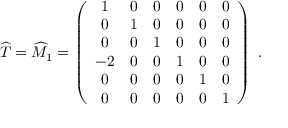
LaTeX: { \widehat T } = { \widehat M } _ { 1 } = \left( \begin{array} { c c c c c c } { { 1 } } & { { 0 } } & { { 0 } } & { { 0 } } & { { 0 } } & { { 0 } } \\ { { 0 } } & { { 1 } } & { { 0 } } & { { 0 } } & { { 0 } } & { { 0 } } \\ { { 0 } } & { { 0 } } & { { 1 } } & { { 0 } } & { { 0 } } & { { 0 } } \\ { { - 2 } } & { { 0 } } & { { 0 } } & { { 1 } } & { { 0 } } & { { 0 } } \\ { { 0 } } & { { 0 } } & { { 0 } } & { { 0 } } & { { 1 } } & { { 0 } } \\ { { 0 } } & { { 0 } } & { { 0 } } & { { 0 } } & { { 0 } } & { { 1 } } \end{array} \right) \; .